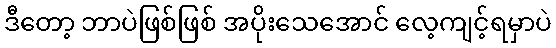
ဒီတော့ ဘာပဲဖြစ်ဖြစ် အပိုးသေအောင် လေ့ကျင့်ရမှာပဲ